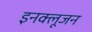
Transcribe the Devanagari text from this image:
इनक्लूजन